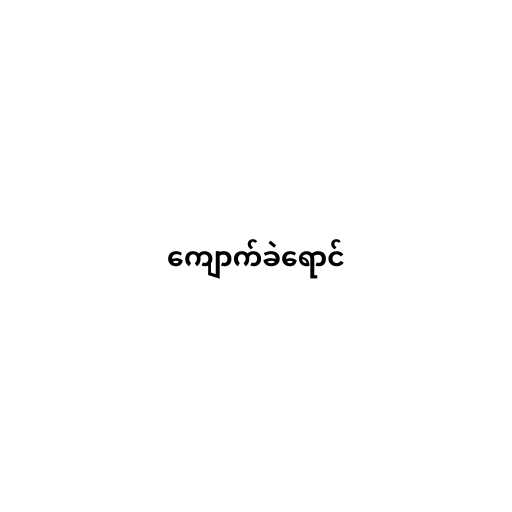
ကျောက်ခဲရောင်